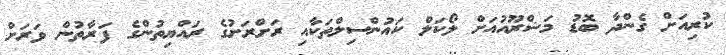
ކުރިއަށް ގެންދާ ބޮޑު މަޝްރޫއުއަށް ލޯކަލް ކައުންސިލްތަކާއި ރަށްރަށުގެ ރައްޔިތުންގެ ފަރާތުން ވަރަށް